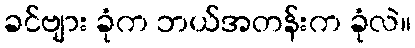
ခင်ဗျား ခုံက ဘယ်အတန်းက ခုံလဲ။